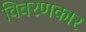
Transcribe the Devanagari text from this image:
विवरणकार